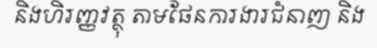
និងហិរញ្ញវត្ថុ តាមផែនការងារជំនាញ និង